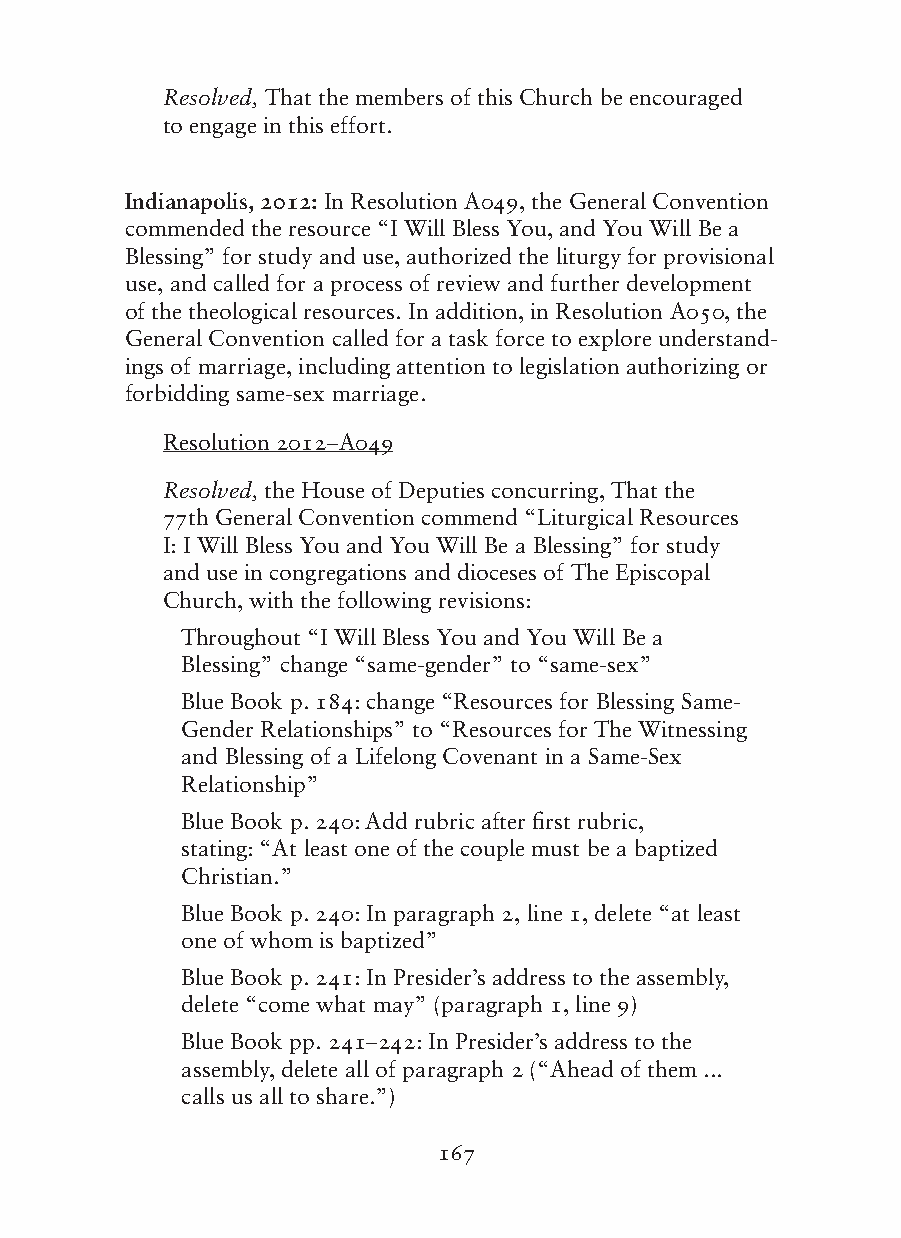
Resolved, That the members of this Church be encouraged
 to engage in this effort.
 Indianapolis, 2012: In Resolution A049, the General Convention
 commended the resource “I Will Bless You, and You Will Be a
 Blessing” for study and use, authorized the liturgy for provisional
 use, and called for a process of review and further development
 of the theological resources. In addition, in Resolution A050, the
 General Convention called for a task force to explore understand-
 ings of marriage, including attention to legislation authorizing or
 forbidding same-sex marriage.
 Resolution 2012–A049
 Resolved, the House of Deputies concurring, That the
 77th General Convention commend “Liturgical Resources
 I: I Will Bless You and You Will Be a Blessing” for study
 and use in congregations and dioceses of The Episcopal
 Church, with the following revisions:
 Throughout “I Will Bless You and You Will Be a
 Blessing” change “same-gender” to “same-sex”
 Blue Book p. 184: change “Resources for Blessing Same-
 Gender Relationships” to “Resources for The Witnessing
 and Blessing of a Lifelong Covenant in a Same-Sex
 Relationship”
 Blue Book p. 240: Add rubric after first rubric,
 stating: “At least one of the couple must be a baptized
 Christian.”
 Blue Book p. 240: In paragraph 2, line 1, delete “at least
 one of whom is baptized”
 Blue Book p. 241: In Presider’s address to the assembly,
 delete “come what may” (paragraph 1, line 9)
 Blue Book pp. 241–242: In Presider’s address to the
 assembly, delete all of paragraph 2 (“Ahead of them ...
 calls us all to share.”)
 167